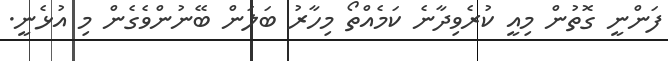
ފަންނީ ގޮތުން މިއީ ކުރެވިދާނެ ކަމެއްތޯ މިހާރު ބަލަން ބޭނުންވެގެން މި އުޅެނީ.